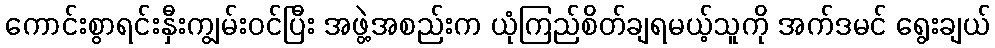
ကောင်းစွာရင်းနှီးကျွမ်းဝင်ပြီး အဖွဲ့အစည်းက ယုံကြည်စိတ်ချရမယ့်သူကို အက်ဒမင် ရွေးချယ်